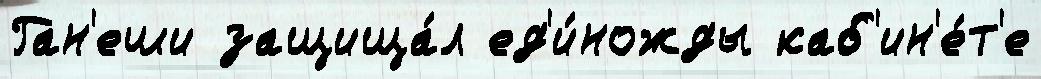
Ган'еши защища́л ед'и́ножды каб'ин'е́т'е